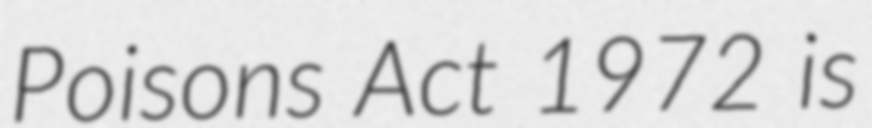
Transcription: Poisons Act 1972 is